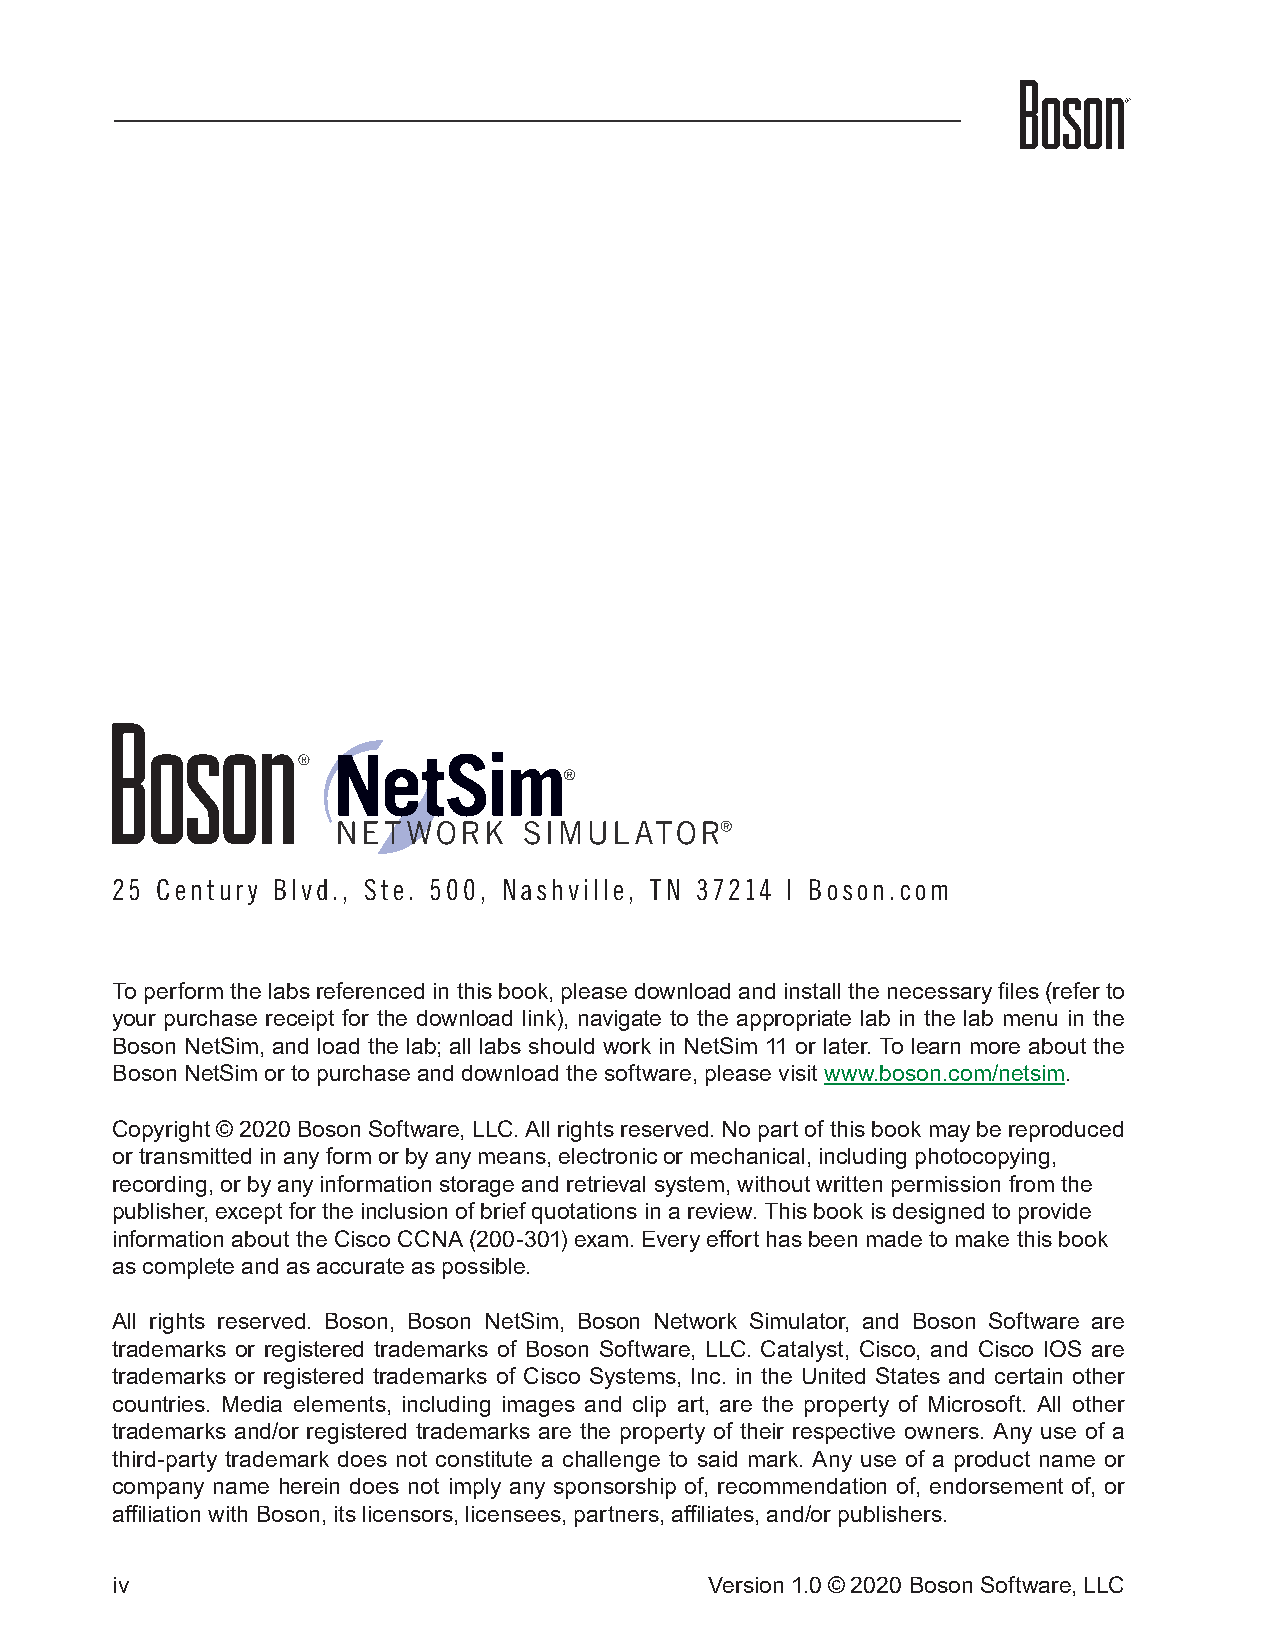
25 Century Blvd., Ste. 500, Nashville, TN 37214 | Boson.com
 To perform the labs referenced in this book, please download and install the necessary files (refer to
 your purchase receipt for the download link), navigate to the appropriate lab in the lab menu in the
 Boson NetSim, and load the lab; all labs should work in NetSim 11 or later. To learn more about the
 Boson NetSim or to purchase and download the software, please visit www.boson.com/netsim.
 Copyright © 2020 Boson Software, LLC. All rights reserved. No part of this book may be reproduced
 or transmitted in any form or by any means, electronic or mechanical, including photocopying,
 recording, or by any information storage and retrieval system, without written permission from the
 publisher, except for the inclusion of brief quotations in a review. This book is designed to provide
 information about the Cisco CCNA (200-301) exam. Every effort has been made to make this book
 as complete and as accurate as possible.
 All rights reserved. Boson, Boson NetSim, Boson Network Simulator, and Boson Software are
 trademarks or registered trademarks of Boson Software, LLC. Catalyst, Cisco, and Cisco IOS are
 trademarks or registered trademarks of Cisco Systems, Inc. in the United States and certain other
 countries. Media elements, including images and clip art, are the property of Microsoft. All other
 trademarks and/or registered trademarks are the property of their respective owners. Any use of a
 third-party trademark does not constitute a challenge to said mark. Any use of a product name or
 company name herein does not imply any sponsorship of, recommendation of, endorsement of, or
 affiliation with Boson, its licensors, licensees, partners, affiliates, and/or publishers.
 iv                                      Version 1.0© 2020 Boson Software, LLC